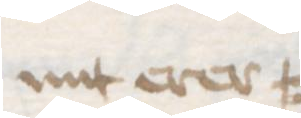
mit erer =